Civil Veterinary Department ledger series I-VI
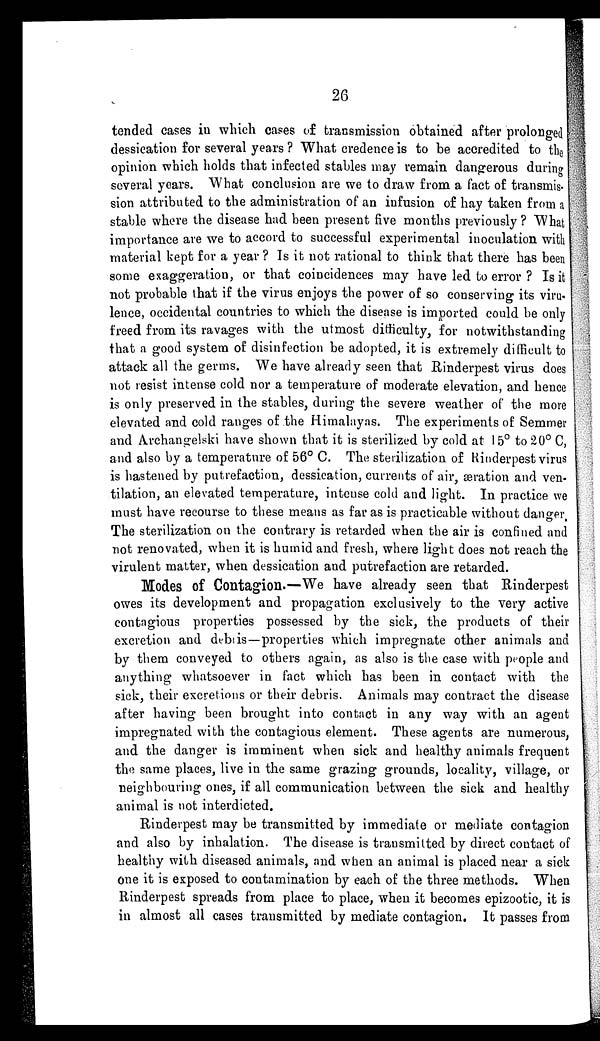
26
tended cases in which cases of transmission obtained after prolonged
dessication for several years ? What credence is to be accredited to the
opinion which holds that infected stables may remain dangerous during
several years. What conclusion are we to draw from a fact of transmis-
sion attributed to the administration of an infusion of hay taken from a
stable where the disease had been present five months previously? What
importance are we to accord to successful experimental inoculation with
material kept for a year ? Is it not rational to think that there has been
some exaggeration, or that coincidences may have led to error ? Is it
not probable that if the virus enjoys the power of so conserving its viru-
lence, occidental countries to which the disease is imported could be only
freed from its ravages with the utmost difficulty, for notwithstanding
that a good system of disinfection be adopted, it is extremely difficult to
attack all the germs. We have already seen that Rinderpest virus does
not resist intense cold nor a temperature of moderate elevation, and hence
is only preserved in the stables, during the severe weather of the more
elevated and cold ranges of the Himalayas. The experiments of Semmer
and Archangelski have shown that it is sterilized by cold at 15° to 20° C,
and also by a temperature of 56° C. The sterilization of Rinderpest virus
is hastened by putrefaction, dessication, currents of air, æration and ven-
tilation, an elevated temperature, intense cold and light. In practice we
must have recourse to these means as far as is practicable without danger.
The sterilization on the contrary is retarded when the air is confined and
not renovated, when it is humid and fresh, where light does not reach the
virulent matter, when dessication and putrefaction are retarded.
Modes of Contagion. — We have already seen that Rinderpest
owes its development and propagation exclusively to the very active
contagious properties possessed by the sick, the products of their
excretion and debtis — properties which impregnate other animals and
by them conveyed to others again, as also is the case with people and
anything whatsoever in fact which has been in contact with the
sick, their excretions or their debris. Animals may contract the disease
after having been brought into contact in any way with an agent
impregnated with the contagious element. These agents are numerous,
and. the danger is imminent when sick and healthy animals frequent
the same places, live in the same grazing grounds, locality, village, or
neighbouring ones, if all communication between the sick and healthy
animal is not interdicted.
Rinderpest may be transmitted by immediate or mediate contagion
and also by inhalation. The disease is transmitted by direct contact of
healthy with diseased animals, and when an animal is placed near a sick
one it is exposed to contamination by each of the three methods. When
Rinderpest spreads from place to place, when it becomes epizootic, it is
in almost all cases transmitted by mediate contagion. It passes from